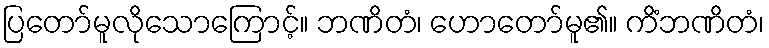
ပြတော်မူလိုသောကြောင့်။ ဘဏိတံ၊ ဟောတော်မူ၏။ ကိံဘဏိတံ၊